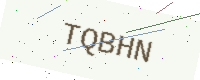
Text: TQBHN